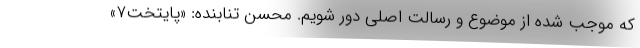
که موجب شده از موضوع و رسالت اصلی دور شویم. محسن تنابنده: «پایتخت۷»